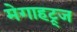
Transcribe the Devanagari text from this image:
मेगाहट्र्ज